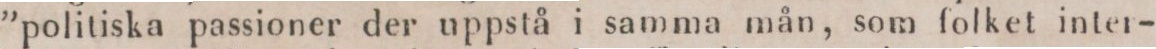
”poliliska passioner der uppstå i samma mån, som folket inter-